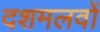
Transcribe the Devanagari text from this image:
दशमलवों